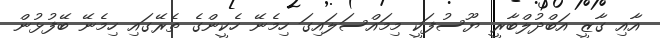
އާއި ގާޒީ އަބްދުލްބާރީ ޔޫސުފަކީ މިމައްސަލައިގަ ހިމެނޭ ހެކީންގެ ތެރޭގައި ހިމެނޭ ބޭފުޅުން